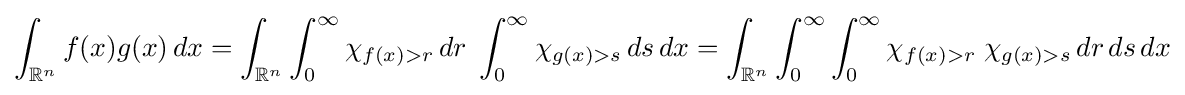
\int _{\mathbb {R} ^{n}}f(x)g(x)\,dx=\displaystyle \int _{\mathbb {R} ^{n}}\int _{0}^{\infty }\chi _{f(x)>r}\,dr\;\int _{0}^{\infty }\chi _{g(x)>s}\,ds\,dx=\int _{\mathbb {R} ^{n}}\int _{0}^{\infty }\int _{0}^{\infty }\chi _{f(x)>r}\;\chi _{g(x)>s}\,dr\,ds\,dx